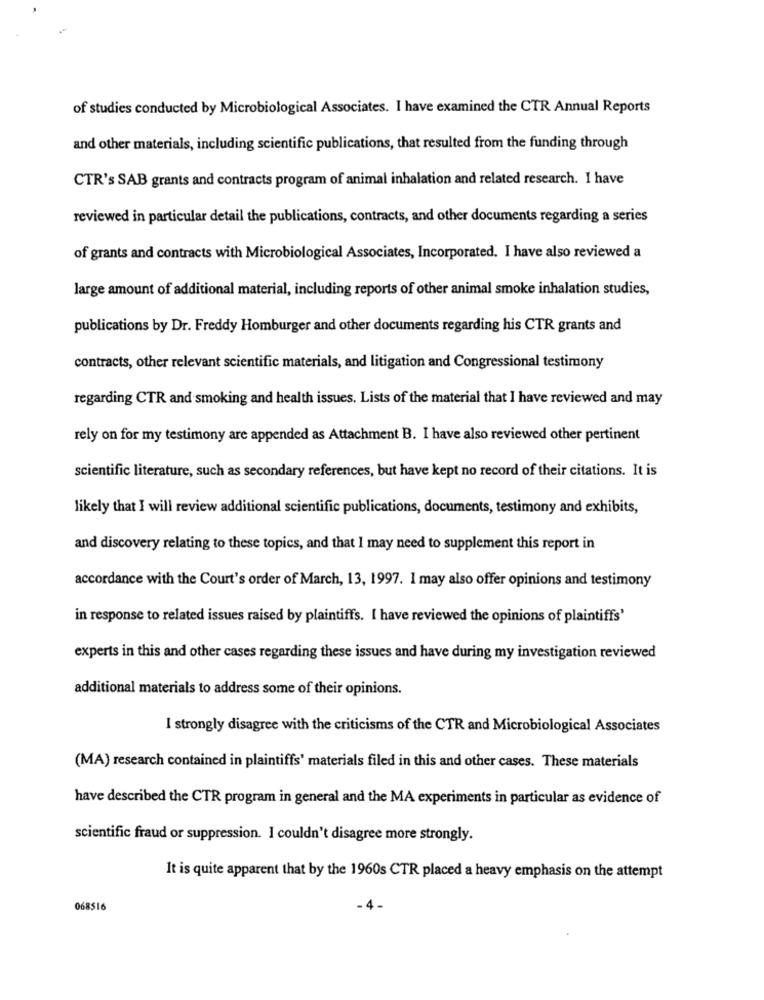
of studies conducted by Microbiological Associates. I have examined the CTR Annual Reports
and other materials, including scientific publications, that resulted from the funding through
CTR's SAB grants and contracts program of animal inhalation and related research. I have
reviewed in particular detail the publications, contracts, and other documents regarding a series
of grants and contracts with Microbiological Associates, Incorporated. I have also reviewed a
large amount of additional material, including reports of other animal smoke inhalation studies,
publications by Dr. Freddy Homburger and other documents regarding his CTR grants and
contracts, other relevant scientific materials, and litigation and Congressional testimony
regarding CTR and smoking and health issues. Lists of the material that I have reviewed and may
rely on for my testimony are appended as Attachment B. I have also reviewed other pertinent
scientific literature, such as secondary references, but have kept no record of their citations. It is
likely that I will review additional scientific publications, documents, testimony and exhibits,
and discovery relating to these topics, and that I may need to supplement this report in
accordance with the Court's order of March, 13, 1997. I may also offer opinions and testimony
in response to related issues raised by plaintiffs. I have reviewed the opinions of plaintiffs'
experts in this and other cases regarding these issues and have during my investigation reviewed
additional materials to address some of their opinions.
I strongly disagree with the criticisms of the CTR and Microbiological Associates
(MA) research contained in plaintiffs' materials filed in this and other cases. These materials
have described the CTR program in general and the MA experiments in particular as evidence of
scientific fraud or suppression. I couldn't disagree more strongly.
It is quite apparent that by the 1960s CTR placed a heavy emphasis on the attempt
068516
. 4.